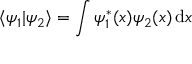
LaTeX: \langle \psi _ { 1 } | \psi _ { 2 } \rangle = \int \psi _ { 1 } ^ { \ast } ( x ) \psi _ { 2 } ( x ) \, \mathrm { d } x